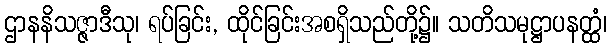
ဌာနနိသဇ္ဇာဒီသု၊ ရပ်ခြင်း, ထိုင်ခြင်းအစရှိသည်တို့၌။ သတိသမုဋ္ဌာပနတ္ထံ၊